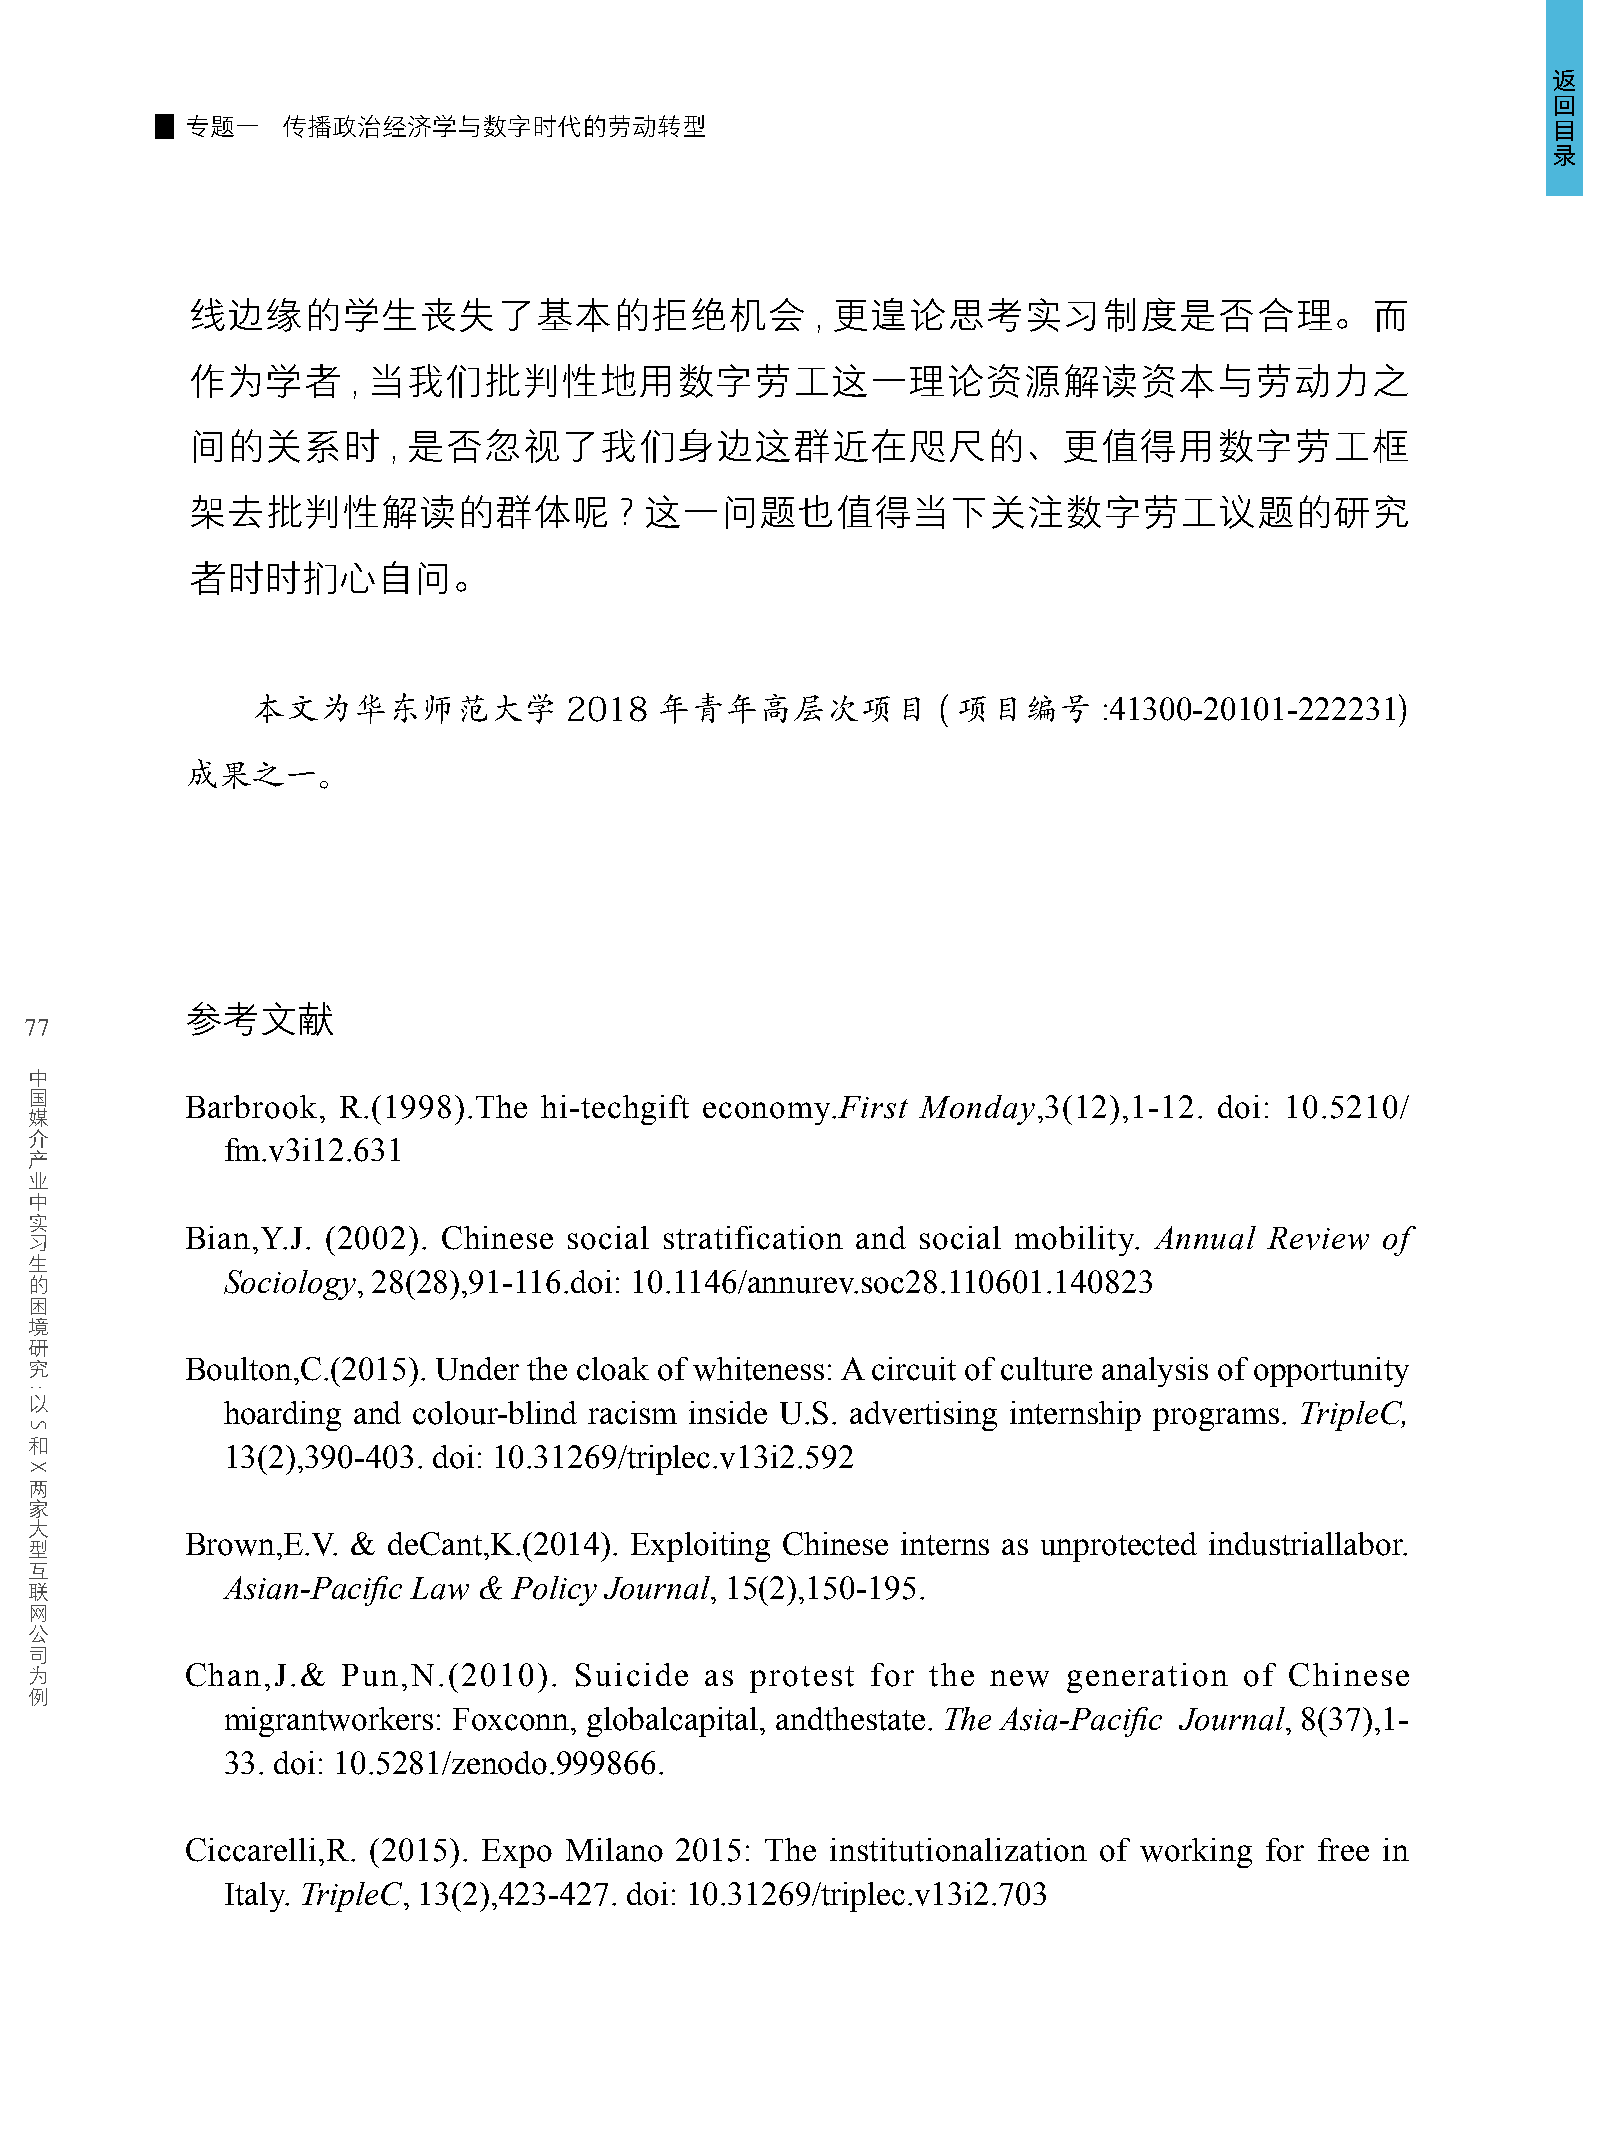
返
 回
 专题一    传播政治经济学与数字时代的劳动转型                                                                   目
 录
 线边缘的学生丧失了基本的拒绝机会                         , 更遑论思考实习制度是否合理。而
 作为学者      , 当我们批判性地用数字劳工这一理论资源解读资本与劳动力之
 间的关系时        , 是否忽视了我们身边这群近在咫尺的、更值得用数字劳工框
 架去批判性解读的群体呢                 ? 这一问题也值得当下关注数字劳工议题的研究
 者时时扪心自问。
 本文为华东师范大学           2018  年青年高层次项目           ( 项目编号     :41300-20101-222231)
 成果之一。
 参考文献
 77
 中
 国
 Barbrook, R.(1998).The  hi-techgift economy.First Monday,3(12),1-12. doi: 10.5210/
 媒
 介
 fm.v3i12.631
 产
 业
 中
 实
 习         Bian,Y.J. (2002). Chinese social stratification and social mobility. Annual Review of
 生
 的            Sociology, 28(28),91-116.doi: 10.1146/annurev.soc28.110601.140823
 困
 境
 研
 究         Boulton,C.(2015). Under the cloak of whiteness: A circuit of culture analysis of opportunity
 以
 hoarding and colour-blind racism inside U.S. advertising internship programs. TripleC,
 和
 13(2),390-403. doi: 10.31269/triplec.v13i2.592
 两
 家
 大
 型         Brown,E.V. &  deCant,K.(2014). Exploiting Chinese interns as unprotected industriallabor.
 互
 联            Asian-Pacific Law & Policy Journal, 15(2),150-195.
 网
 公
 司
 为         Chan,J.&   Pun,N.(2010).  Suicide  as protest for the new  generation of Chinese
 例
 migrantworkers: Foxconn, globalcapital, andthestate. The Asia-Pacific Journal, 8(37),1-
 33. doi: 10.5281/zenodo.999866.
 Ciccarelli,R. (2015). Expo Milano 2015: The institutionalization of working for free in
 Italy. TripleC, 13(2),423-427. doi: 10.31269/triplec.v13i2.703
 :
 S
 X